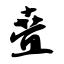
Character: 叠